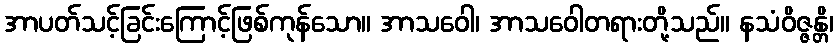
အာပတ်သင့်ခြင်းကြောင့်ဖြစ်ကုန်သော။ အာသဝေါ၊ အာသဝေါတရားတို့သည်။ နသံဝိဇ္ဇန္တိ၊